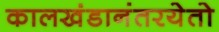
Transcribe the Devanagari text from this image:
कालखंडानंतरयेतो